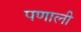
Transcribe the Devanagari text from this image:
पणाली